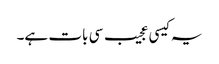
یہ کیسی عجیب سی بات ہے۔